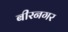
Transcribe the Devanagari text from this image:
बीरनगर